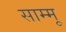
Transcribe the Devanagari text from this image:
साम्मू